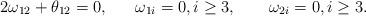
LaTeX: \begin{align*}2\omega_{12}+\theta_{12}=0,~~~~~\omega_{1i}=0, i\geq 3,~~~~~~\omega_{2i}=0, i\geq 3.\end{align*}